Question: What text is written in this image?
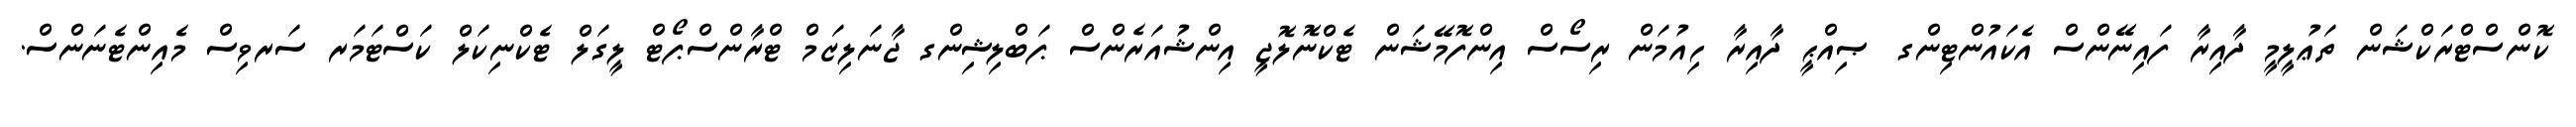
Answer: ކޮންސްޓްރަކްޝަން ތަޢުލީމީ ދާއިރާ ފައިނޭންސް އެކައުންޓިންގ ޞިއްޙީ ދާއިރާ ހިއުމަން ރިސޯސް އިންފޮމޭޝަން ޓެކްނޮލޮޖީ އިންޝުއަރެންސް ޕަބްލިޝިންގ ޖާނަލިޒަމް ޓްރާންސްޕޯޓް ލީގަލް ޓެކްނިކަލް ކަސްޓަމަރ ސަރވިސް މެއިންޓެނަންސް.